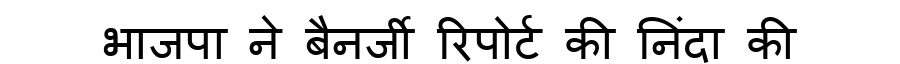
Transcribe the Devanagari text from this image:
भाजपा ने बैनर्जी रिपोर्ट की निंदा की